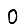
Digit: 0